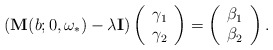
\begin{align*}\left( \mathbf{M}(b; 0, \omega_*) - \lambda \mathbf{I} \right)\left(\begin{array}{c} \gamma_1\\\gamma_2\end{array}\right) = \left(\begin{array}{c} \beta_1\\ \beta_2\end{array}\right).\end{align*}